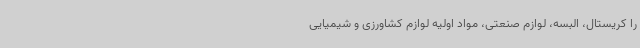
را کریستال، البسه، لوازم صنعتی، مواد اولیه لوازم کشاورزی و شیمیایی